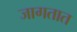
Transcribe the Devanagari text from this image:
जागतात